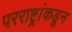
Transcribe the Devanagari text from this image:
परराष्ट्रांकडून